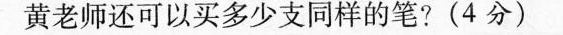
黄老师还可以买多少支同样的笔?(4分)